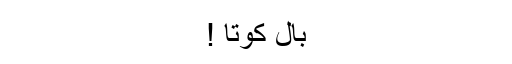
بال کوتا !